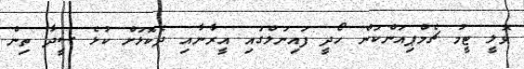
ވޮލީ ޓީމު ޗެމްޕިއަންކަން ހޯދީ ފައިނަލްގައި އީރާނާއި ދެކޮޅަށް ކުޅެ ސީދާ ތިން